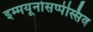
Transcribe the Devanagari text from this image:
इम्मयूनोसप्पेस्सिव